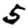
Digit: 5